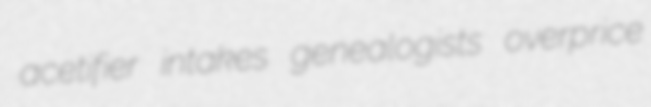
acetifier intakes genealogists overprice